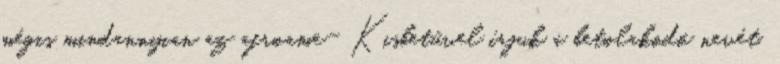
mégis mindannyian az afroame- Kisbetűvel írjuk a betolakodó nevét,